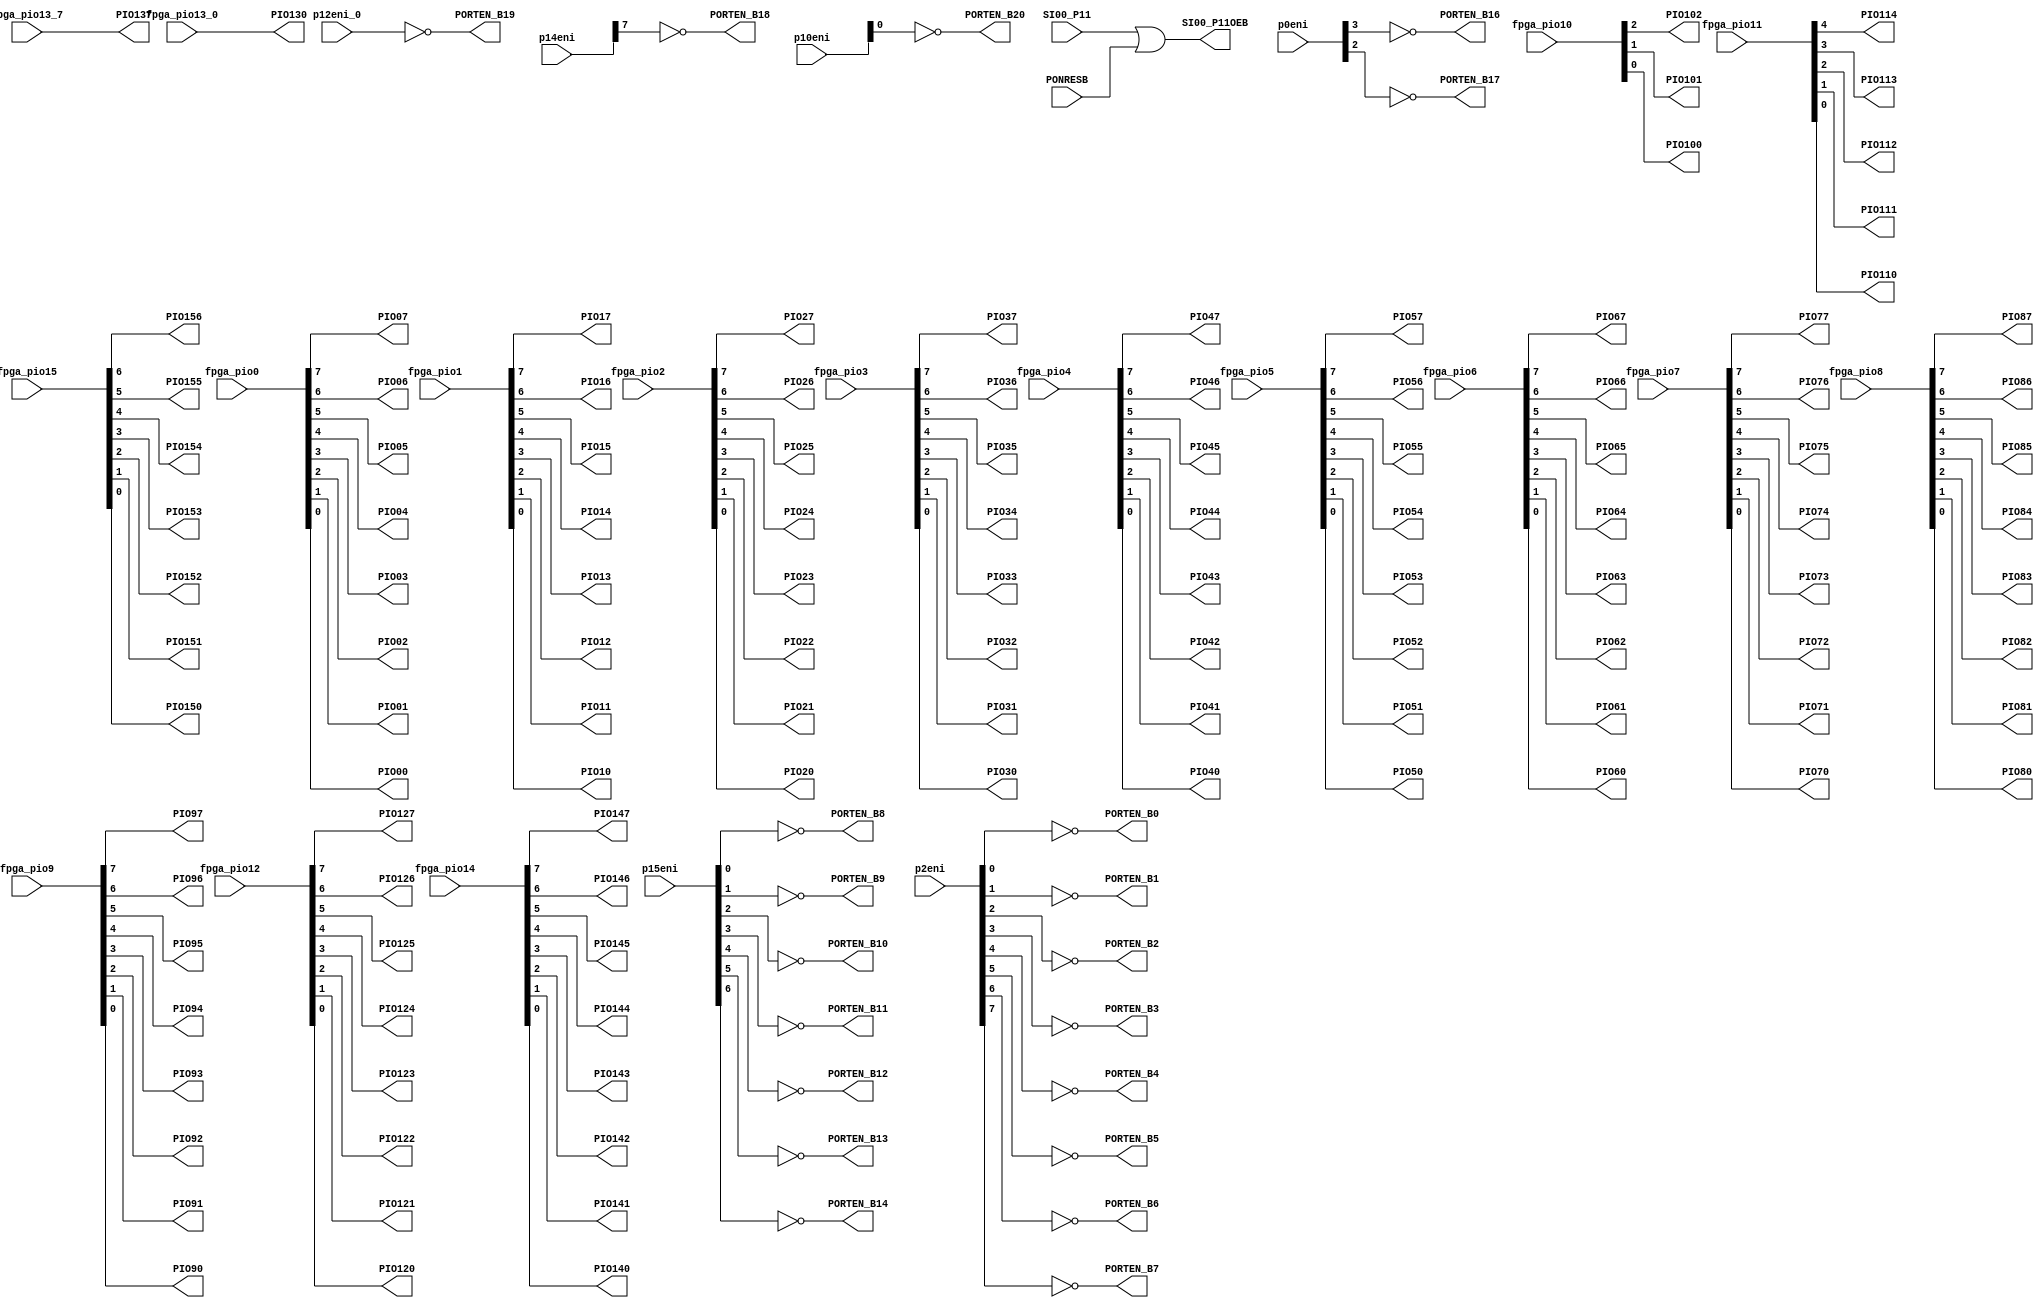
//-----------------------------------------------------------------------------
// Title         : iePortControl_FMakeTest
// Project       : FPGA-ICE
//-----------------------------------------------------------------------------
// Created       : DD.MM.YYYY
// Last modified : DD.MM.YYYY
//-----------------------------------------------------------------------------
// Description : Port signal switch interconnection.
//   1. Bus <-> single signal switcher.
//   2. A/D alternate port enable control. 
//      refer to mkpin Excel to confirm alternate specification.
//
//      VDD category
//        P20/ANI0   -- PORTEN_B0
//        P21/ANI1   -- PORTEN_B1
//        P22/ANI2   -- PORTEN_B2
//        P23/ANI3   -- PORTEN_B3
//        P24/ANI4   -- PORTEN_B4
//        P25/ANI5   -- PORTEN_B5
//        P26/ANI6   -- PORTEN_B6
//        P27/ANI7   -- PORTEN_B7
//        P150/ANI8  -- PORTEN_B8
//        P151/ANI9  -- PORTEN_B9
//        P152/ANI10 -- PORTEN_B10
//        P153/ANI11 -- PORTEN_B11
//        P154/ANI12 -- PORTEN_B12
//        P155/ANI13 -- PORTEN_B13
//        P156/ANI14 -- PORTEN_B14
//      EVDD category
//        P03/ANI16  -- PORTEN_B16
//        P02/ANI17  -- PORTEN_B17
//        P147/ANI18 -- PORTEN_B18
//        P120/ANI19 -- PORTEN_B19
//        P100/ANI20 -- PORTEN_B20
//-----------------------------------------------------------------------------
// Copyright (c) 2012 by Renesas Electronics This model is the confidential and
// proprietary property of Renesas Electronics and the possession or use of this
// file requires a written license from Renesas Electronics.
//------------------------------------------------------------------------------
// Modification history :
// 01.11.2012 : This is EN2-based prototype. Tomonori Tsunoda
//-----------------------------------------------------------------------------

module iePortControl_FMakeTest (/*AUTOARG*/
   // Outputs
   PIO07, PIO06, PIO05, PIO04, PIO03, PIO02, PIO01, PIO00, PIO17,
   PIO16, PIO15, PIO14, PIO13, PIO12, PIO11, PIO10, PIO27, PIO26,
   PIO25, PIO24, PIO23, PIO22, PIO21, PIO20, PIO37, PIO36, PIO35,
   PIO34, PIO33, PIO32, PIO31, PIO30, PIO47, PIO46, PIO45, PIO44,
   PIO43, PIO42, PIO41, PIO40, PIO57, PIO56, PIO55, PIO54, PIO53,
   PIO52, PIO51, PIO50, PIO67, PIO66, PIO65, PIO64, PIO63, PIO62,
   PIO61, PIO60, PIO77, PIO76, PIO75, PIO74, PIO73, PIO72, PIO71,
   PIO70, PIO87, PIO86, PIO85, PIO84, PIO83, PIO82, PIO81, PIO80,
   PIO97, PIO96, PIO95, PIO94, PIO93, PIO92, PIO91, PIO90, PIO102,
   PIO101, PIO100, PIO114, PIO113, PIO112, PIO111, PIO110, PIO127,
   PIO126, PIO125, PIO124, PIO123, PIO122, PIO121, PIO120, PIO137,
   PIO130, PIO147, PIO146, PIO145, PIO144, PIO143, PIO142, PIO141,
   PIO140, PIO156, PIO155, PIO154, PIO153, PIO152, PIO151, PIO150,
   PORTEN_B0, PORTEN_B1, PORTEN_B2, PORTEN_B3, PORTEN_B4, PORTEN_B5,
   PORTEN_B6, PORTEN_B7, PORTEN_B8, PORTEN_B9, PORTEN_B10, PORTEN_B11,
   PORTEN_B12, PORTEN_B13, PORTEN_B14, PORTEN_B16, PORTEN_B17,
   PORTEN_B18, PORTEN_B19, PORTEN_B20, SI00_P11OEB,
   // Inputs
   fpga_pio0, fpga_pio1, fpga_pio2, fpga_pio3, fpga_pio4, fpga_pio5,
   fpga_pio6, fpga_pio7, fpga_pio8, fpga_pio9, fpga_pio10, fpga_pio11,
   fpga_pio12, fpga_pio13_7, fpga_pio13_0, fpga_pio14, fpga_pio15,
   p2eni, p15eni, p0eni, p14eni, p12eni_0, p10eni, SI00_P11, PONRESB
   );
   
   input [7:0] fpga_pio0;
   input [7:0] fpga_pio1;
   input [7:0] fpga_pio2;
   input [7:0] fpga_pio3;
   input [7:0] fpga_pio4;
   input [7:0] fpga_pio5;
   input [7:0] fpga_pio6;
   input [7:0] fpga_pio7;
   input [7:0] fpga_pio8;
   input [7:0] fpga_pio9;
   input [2:0] fpga_pio10;
   input [4:0] fpga_pio11;
   input [7:0] fpga_pio12;
   input       fpga_pio13_7;
   input       fpga_pio13_0;
   input [7:0] fpga_pio14;
   input [6:0] fpga_pio15;
   output      PIO07;
   output      PIO06;
   output      PIO05;
   output      PIO04;
   output      PIO03;
   output      PIO02;
   output      PIO01;
   output      PIO00;
   output      PIO17;
   output      PIO16;
   output      PIO15;
   output      PIO14;
   output      PIO13;
   output      PIO12;
   output      PIO11;
   output      PIO10;
   output      PIO27;
   output      PIO26;
   output      PIO25;
   output      PIO24;
   output      PIO23;
   output      PIO22;
   output      PIO21;
   output      PIO20;
   output      PIO37;
   output      PIO36;
   output      PIO35;
   output      PIO34;
   output      PIO33;
   output      PIO32;
   output      PIO31;
   output      PIO30;
   output      PIO47;
   output      PIO46;
   output      PIO45;
   output      PIO44;
   output      PIO43;
   output      PIO42;
   output      PIO41;
   output      PIO40;
   output      PIO57;
   output      PIO56;
   output      PIO55;
   output      PIO54;
   output      PIO53;
   output      PIO52;
   output      PIO51;
   output      PIO50;
   output      PIO67;
   output      PIO66;
   output      PIO65;
   output      PIO64;
   output      PIO63;
   output      PIO62;
   output      PIO61;
   output      PIO60;
   output      PIO77;
   output      PIO76;
   output      PIO75;
   output      PIO74;
   output      PIO73;
   output      PIO72;
   output      PIO71;
   output      PIO70;
   output      PIO87;
   output      PIO86;
   output      PIO85;
   output      PIO84;
   output      PIO83;
   output      PIO82;
   output      PIO81;
   output      PIO80;
   output      PIO97;
   output      PIO96;
   output      PIO95;
   output      PIO94;
   output      PIO93;
   output      PIO92;
   output      PIO91;
   output      PIO90;
   output      PIO102;
   output      PIO101;
   output      PIO100;
   output      PIO114;
   output      PIO113;
   output      PIO112;
   output      PIO111;
   output      PIO110;
   output      PIO127;
   output      PIO126;
   output      PIO125;
   output      PIO124;
   output      PIO123;
   output      PIO122;
   output      PIO121;
   output      PIO120;
   output      PIO137;
   output      PIO130;
   output      PIO147;
   output      PIO146;
   output      PIO145;
   output      PIO144;
   output      PIO143;
   output      PIO142;
   output      PIO141;
   output      PIO140;
   output      PIO156;
   output      PIO155;
   output      PIO154;
   output      PIO153;
   output      PIO152;
   output      PIO151;
   output      PIO150;
   input [7:0] p2eni;
   input [6:0] p15eni;
   input [7:0] p0eni;
   input [7:0] p14eni;
//   input [7:0] p12eni;
   input       p12eni_0;
   input [2:0] p10eni;
   output      PORTEN_B0;
   output      PORTEN_B1;
   output      PORTEN_B2;
   output      PORTEN_B3;
   output      PORTEN_B4;
   output      PORTEN_B5;
   output      PORTEN_B6;
   output      PORTEN_B7;
   output      PORTEN_B8;
   output      PORTEN_B9;
   output      PORTEN_B10;
   output      PORTEN_B11;
   output      PORTEN_B12;
   output      PORTEN_B13;
   output      PORTEN_B14;
   output      PORTEN_B16;
   output      PORTEN_B17;
   output      PORTEN_B18;
   output      PORTEN_B19;
   output      PORTEN_B20;
   input       SI00_P11;
   output      SI00_P11OEB;
   input       PONRESB;
   
   
   assign SI00_P11OEB = SI00_P11 | PONRESB;
   
   assign {PIO07,
           PIO06,
           PIO05,
           PIO04,
           PIO03,
           PIO02,
           PIO01,
           PIO00} = fpga_pio0;
   
   assign {PIO17,
           PIO16,
           PIO15,
           PIO14,
           PIO13,
           PIO12,
           PIO11,
           PIO10} = fpga_pio1;
   
   assign {PIO27,
           PIO26,
           PIO25,
           PIO24,
           PIO23,
           PIO22,
           PIO21,
           PIO20} = fpga_pio2;
   
   assign {PIO37,
           PIO36,
           PIO35,
           PIO34,
           PIO33,
           PIO32,
           PIO31,
           PIO30} = fpga_pio3;
   
   assign {PIO47,
           PIO46,
           PIO45,
           PIO44,
           PIO43,
           PIO42,
           PIO41,
           PIO40} = fpga_pio4;
   
   assign {PIO57,
           PIO56,
           PIO55,
           PIO54,
           PIO53,
           PIO52,
           PIO51,
           PIO50} = fpga_pio5;
   
   assign {PIO67,
           PIO66,
           PIO65,
           PIO64,
           PIO63,
           PIO62,
           PIO61,
           PIO60} = fpga_pio6;
   
   assign {PIO77,
           PIO76,
           PIO75,
           PIO74,
           PIO73,
           PIO72,
           PIO71,
           PIO70} = fpga_pio7;
   
   assign {PIO87,
           PIO86,
           PIO85,
           PIO84,
           PIO83,
           PIO82,
           PIO81,
           PIO80} = fpga_pio8;
   
   assign {PIO97,
           PIO96,
           PIO95,
           PIO94,
           PIO93,
           PIO92,
           PIO91,
           PIO90} = fpga_pio9;
   
   assign {PIO102,
           PIO101,
           PIO100} = fpga_pio10;
   
   assign {PIO114,
           PIO113,
           PIO112,
           PIO111,
           PIO110} = fpga_pio11;
   
   assign {PIO127,
           PIO126,
           PIO125,
           PIO124,
           PIO123,
           PIO122,
           PIO121,
           PIO120} = fpga_pio12;
   
   assign PIO137 = fpga_pio13_7;
   assign PIO130 = fpga_pio13_0;
   
   assign {PIO147,
           PIO146,
           PIO145,
           PIO144,
           PIO143,
           PIO142,
           PIO141,
           PIO140} = fpga_pio14;
   
   assign {PIO156,
           PIO155,
           PIO154,
           PIO153,
           PIO152,
           PIO151,
           PIO150} = fpga_pio15;
   
   assign PORTEN_B0  = ~p2eni[0];
   assign PORTEN_B1  = ~p2eni[1];
   assign PORTEN_B2  = ~p2eni[2];
   assign PORTEN_B3  = ~p2eni[3];
   assign PORTEN_B4  = ~p2eni[4];
   assign PORTEN_B5  = ~p2eni[5];
   assign PORTEN_B6  = ~p2eni[6];
   assign PORTEN_B7  = ~p2eni[7];
   assign PORTEN_B8  = ~p15eni[0];
   assign PORTEN_B9  = ~p15eni[1];
   assign PORTEN_B10 = ~p15eni[2];
   assign PORTEN_B11 = ~p15eni[3];
   assign PORTEN_B12 = ~p15eni[4];
   assign PORTEN_B13 = ~p15eni[5];
   assign PORTEN_B14 = ~p15eni[6];
   assign PORTEN_B16 = ~p0eni[3];
   assign PORTEN_B17 = ~p0eni[2];
   assign PORTEN_B18 = ~p14eni[7];
   assign PORTEN_B19 = ~p12eni_0;
   assign PORTEN_B20 = ~p10eni[0];
   
endmodule // iePortControl_FMakeTest